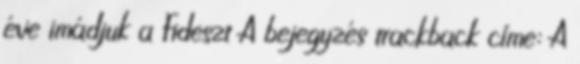
éve imádjuk a Fideszt A bejegyzés trackback címe: A